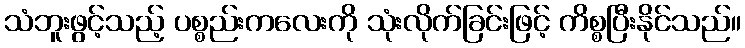
သံဘူးဖွင့်သည့် ပစ္စည်းကလေးကို သုံးလိုက်ခြင်းဖြင့် ကိစ္စပြီးနိုင်သည်။